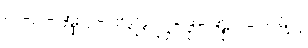
ပါ-ပ-အုပ်-၁၉၉၊ ဋ္ဌ-ဒု-အုပ်-၁၆၈။